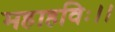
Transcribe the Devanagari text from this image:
महाहविः।।